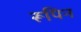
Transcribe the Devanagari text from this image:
रूपिन